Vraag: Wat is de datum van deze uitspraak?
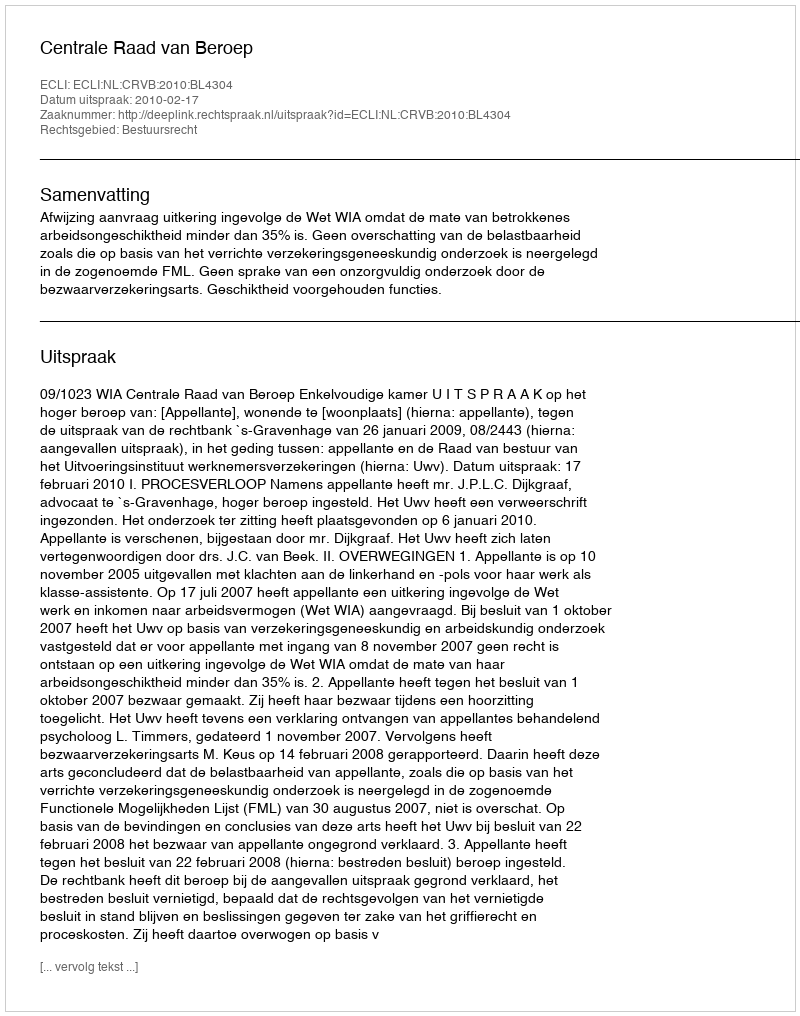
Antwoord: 2010-02-17